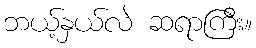
ဘယ့်နှယ်လဲ ဆရာကြီး။